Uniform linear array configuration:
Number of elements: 24
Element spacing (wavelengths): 0.25
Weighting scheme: cosine
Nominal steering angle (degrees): -15
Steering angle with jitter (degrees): -13.154
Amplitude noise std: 0.05
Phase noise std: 0.05

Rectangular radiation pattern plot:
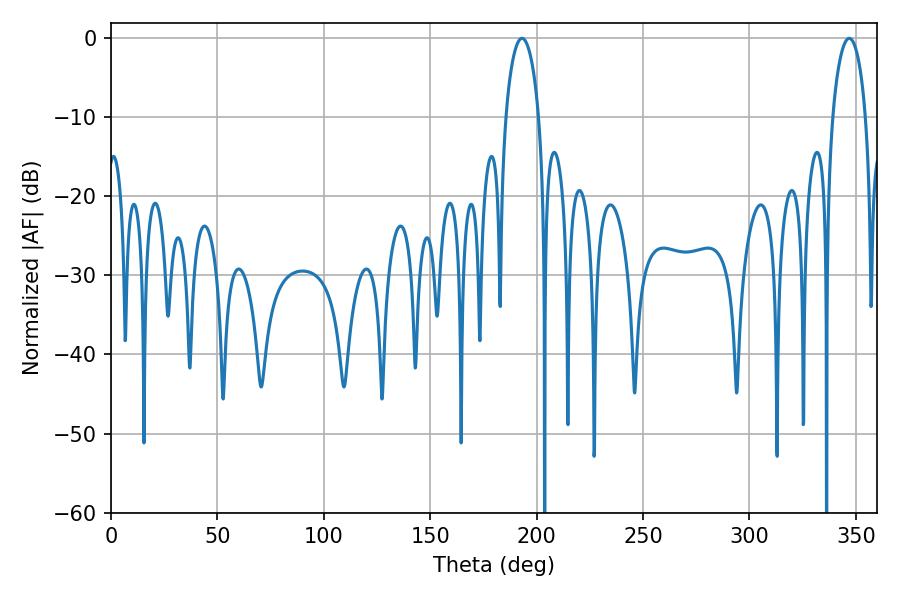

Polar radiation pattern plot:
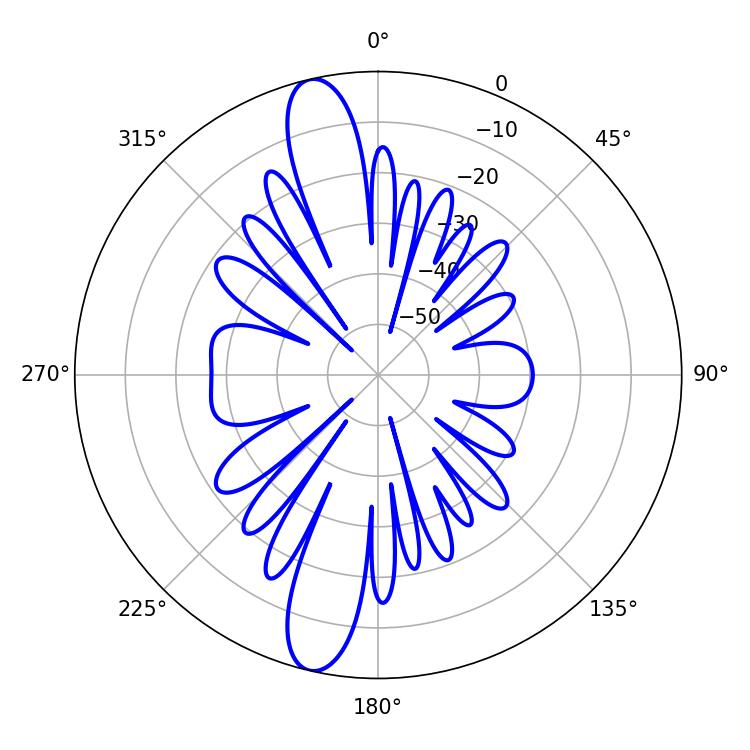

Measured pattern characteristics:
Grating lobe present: FALSE
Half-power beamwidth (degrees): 9
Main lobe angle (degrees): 193.14